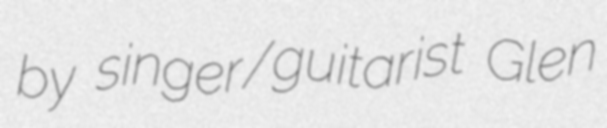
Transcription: by singer/guitarist Glen